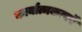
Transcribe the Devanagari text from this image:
कार्यात्मकताऍ